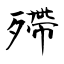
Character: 殢